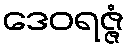
ဒေဝရဇ္ဇံ